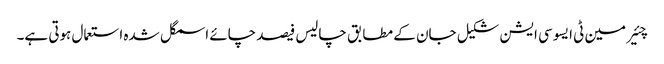
چئیر مین ٹی ایسوسی ایشن شکیل جان کے مطابق چالیس فیصد چائے اسمگل شدہ استعمال ہوتی ہے۔